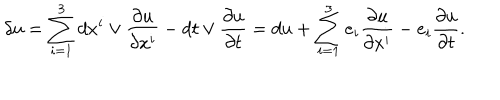
\delta u = \sum _ { i = 1 } ^ { 3 } d x ^ { i } \vee \frac { \partial u } { \partial x ^ { i } } - d t \vee \frac { \partial u } { \partial t } = d u + \sum _ { i = 1 } ^ { 3 } e _ { i } \frac { \partial u } { \partial x ^ { i } } - e _ { i } \frac { \partial u } { \partial t } .